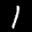
Label: 1